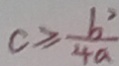
c \geq \frac { b ^ { 2 } } { 4 a }